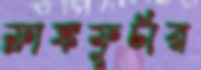
ফ্রাঙ্কফুর্টার